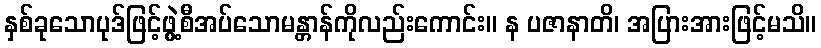
နှစ်ခုသောပုဒ်ဖြင့်ဖွဲ့စီအပ်သောမန္တာန်ကိုလည်းကောင်း။ န ပဇာနာတိ၊ အပြားအားဖြင့်မသိ။